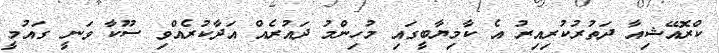
ކްރޮއޭޝިއާ ދަތުރުކުރިއިރު އެ ކާމިޔާބީގައި މުހިންމު ދައުރެއް އަދާކުރެއްވި ސޫކާ ވަނީ ގައުމީ